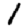
Digit: 1